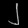
Digit: ၂